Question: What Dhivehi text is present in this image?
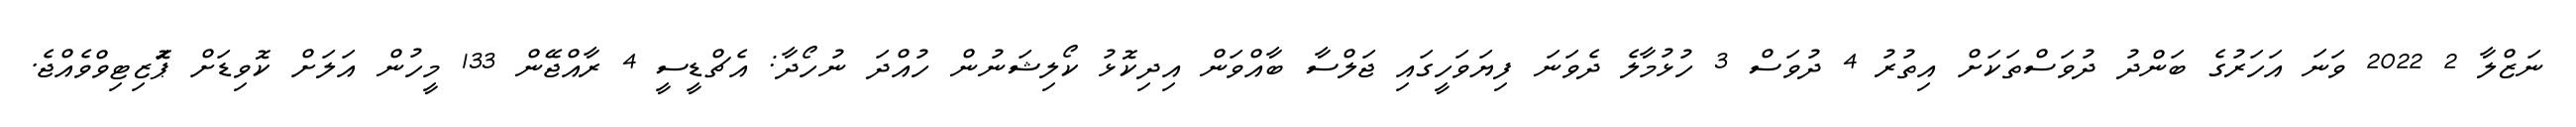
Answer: ނަޒްލާ 2 2022 ވަނަ އަހަރުގެ ބަންދު ދުވަސްތަކަށް އިތުރު 4 ދުވަސް 3 ހުޅުމާލެ ދެވަނަ ފިޔަވަހީގައި ޖަލްސާ ބާއްވަން އިދިކޮޅު ކޯލިޝަނުން ހުއްދަ ނުހޯދާ: އެޗްޑީސީ 4 ރާއްޖޭން 133 މީހުން އަލަށް ކޮވިޑަށް ޕަޮޒިޓިވްވެއްޖެ.